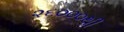
૨૬૦૦૦થી